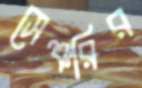
সেঞ্চরির